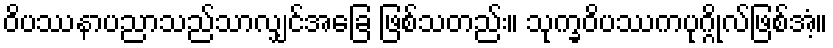
ဝိပဿနာပညာသည်သာလျှင်အခြေ ဖြစ်သတည်း။ သုက္ခဝိပဿကပုဂ္ဂိုလ်ဖြစ်အံ့။